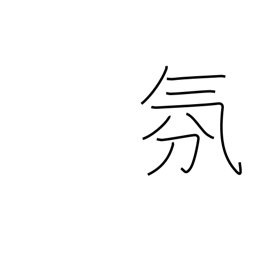
Meaning: atmosphere